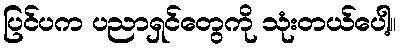
ပြင်ပက ပညာရှင်တွေကို သုံးတယ်ပေါ့။